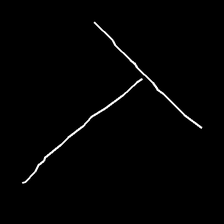
Glyph: column